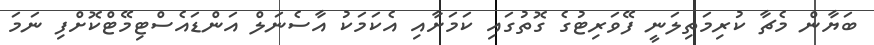
ބަޔާން މެޗާ ކުރިމަތިލަނީ ފޭވަރިޓުގެ ގޮތުގައި ކަމަށާއި އެކަމަކު އާސެނަލް އަންޑައެސްޓިމޭޓްކޮށްފި ނަމަ